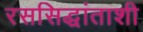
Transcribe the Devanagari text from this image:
रससिद्धांताशी